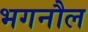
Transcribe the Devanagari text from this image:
भगनौल